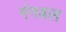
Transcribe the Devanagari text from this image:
गंगबल